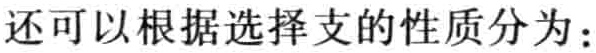
还可以根据选择支的性质分为：